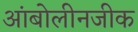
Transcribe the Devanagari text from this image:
आंबोलीनजीक